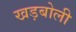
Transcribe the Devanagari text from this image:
खड़बोली